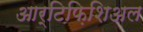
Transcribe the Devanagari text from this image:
आर्टिफ़िशिअल